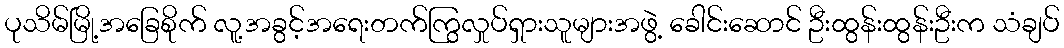
ပုသိမ်မြို့အခြေစိုက် လူ့အခွင့်အရေးတက်ကြွလှုပ်ရှားသူများအဖွဲ့ ခေါင်းဆောင် ဦးထွန်းထွန်းဦးက သံချပ်